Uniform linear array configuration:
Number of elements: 32
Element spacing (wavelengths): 1
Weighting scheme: blackman
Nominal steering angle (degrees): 15
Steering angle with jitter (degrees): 13.964
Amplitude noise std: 0.05
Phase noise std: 0.05

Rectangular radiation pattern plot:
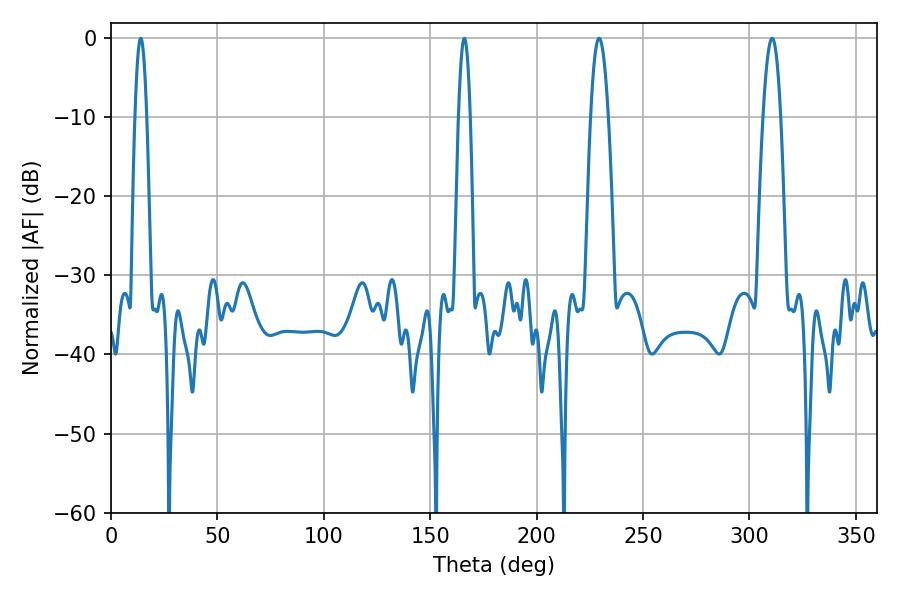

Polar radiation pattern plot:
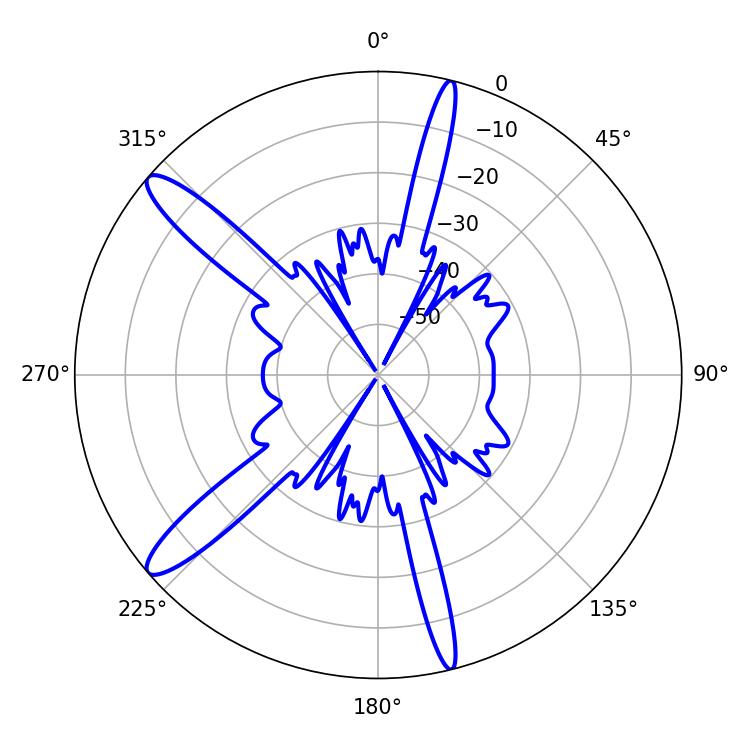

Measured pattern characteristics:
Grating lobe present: TRUE
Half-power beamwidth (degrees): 4.5
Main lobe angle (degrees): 229.32